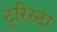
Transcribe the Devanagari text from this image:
टूरिस्टा